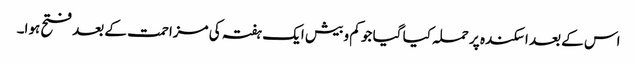
اس کے بعد اسکندہ پر حملہ کیا گیا جو کم و بیش ایک ہفتہ کی مزاحمت کے بعد فتح ہوا۔